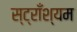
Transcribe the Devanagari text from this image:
स्ट्राँश्यम